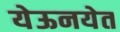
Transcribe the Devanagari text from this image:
येऊनयेत